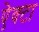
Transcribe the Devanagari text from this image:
ऐक्टा